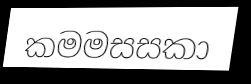
කමමසසකා